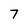
Character: 7